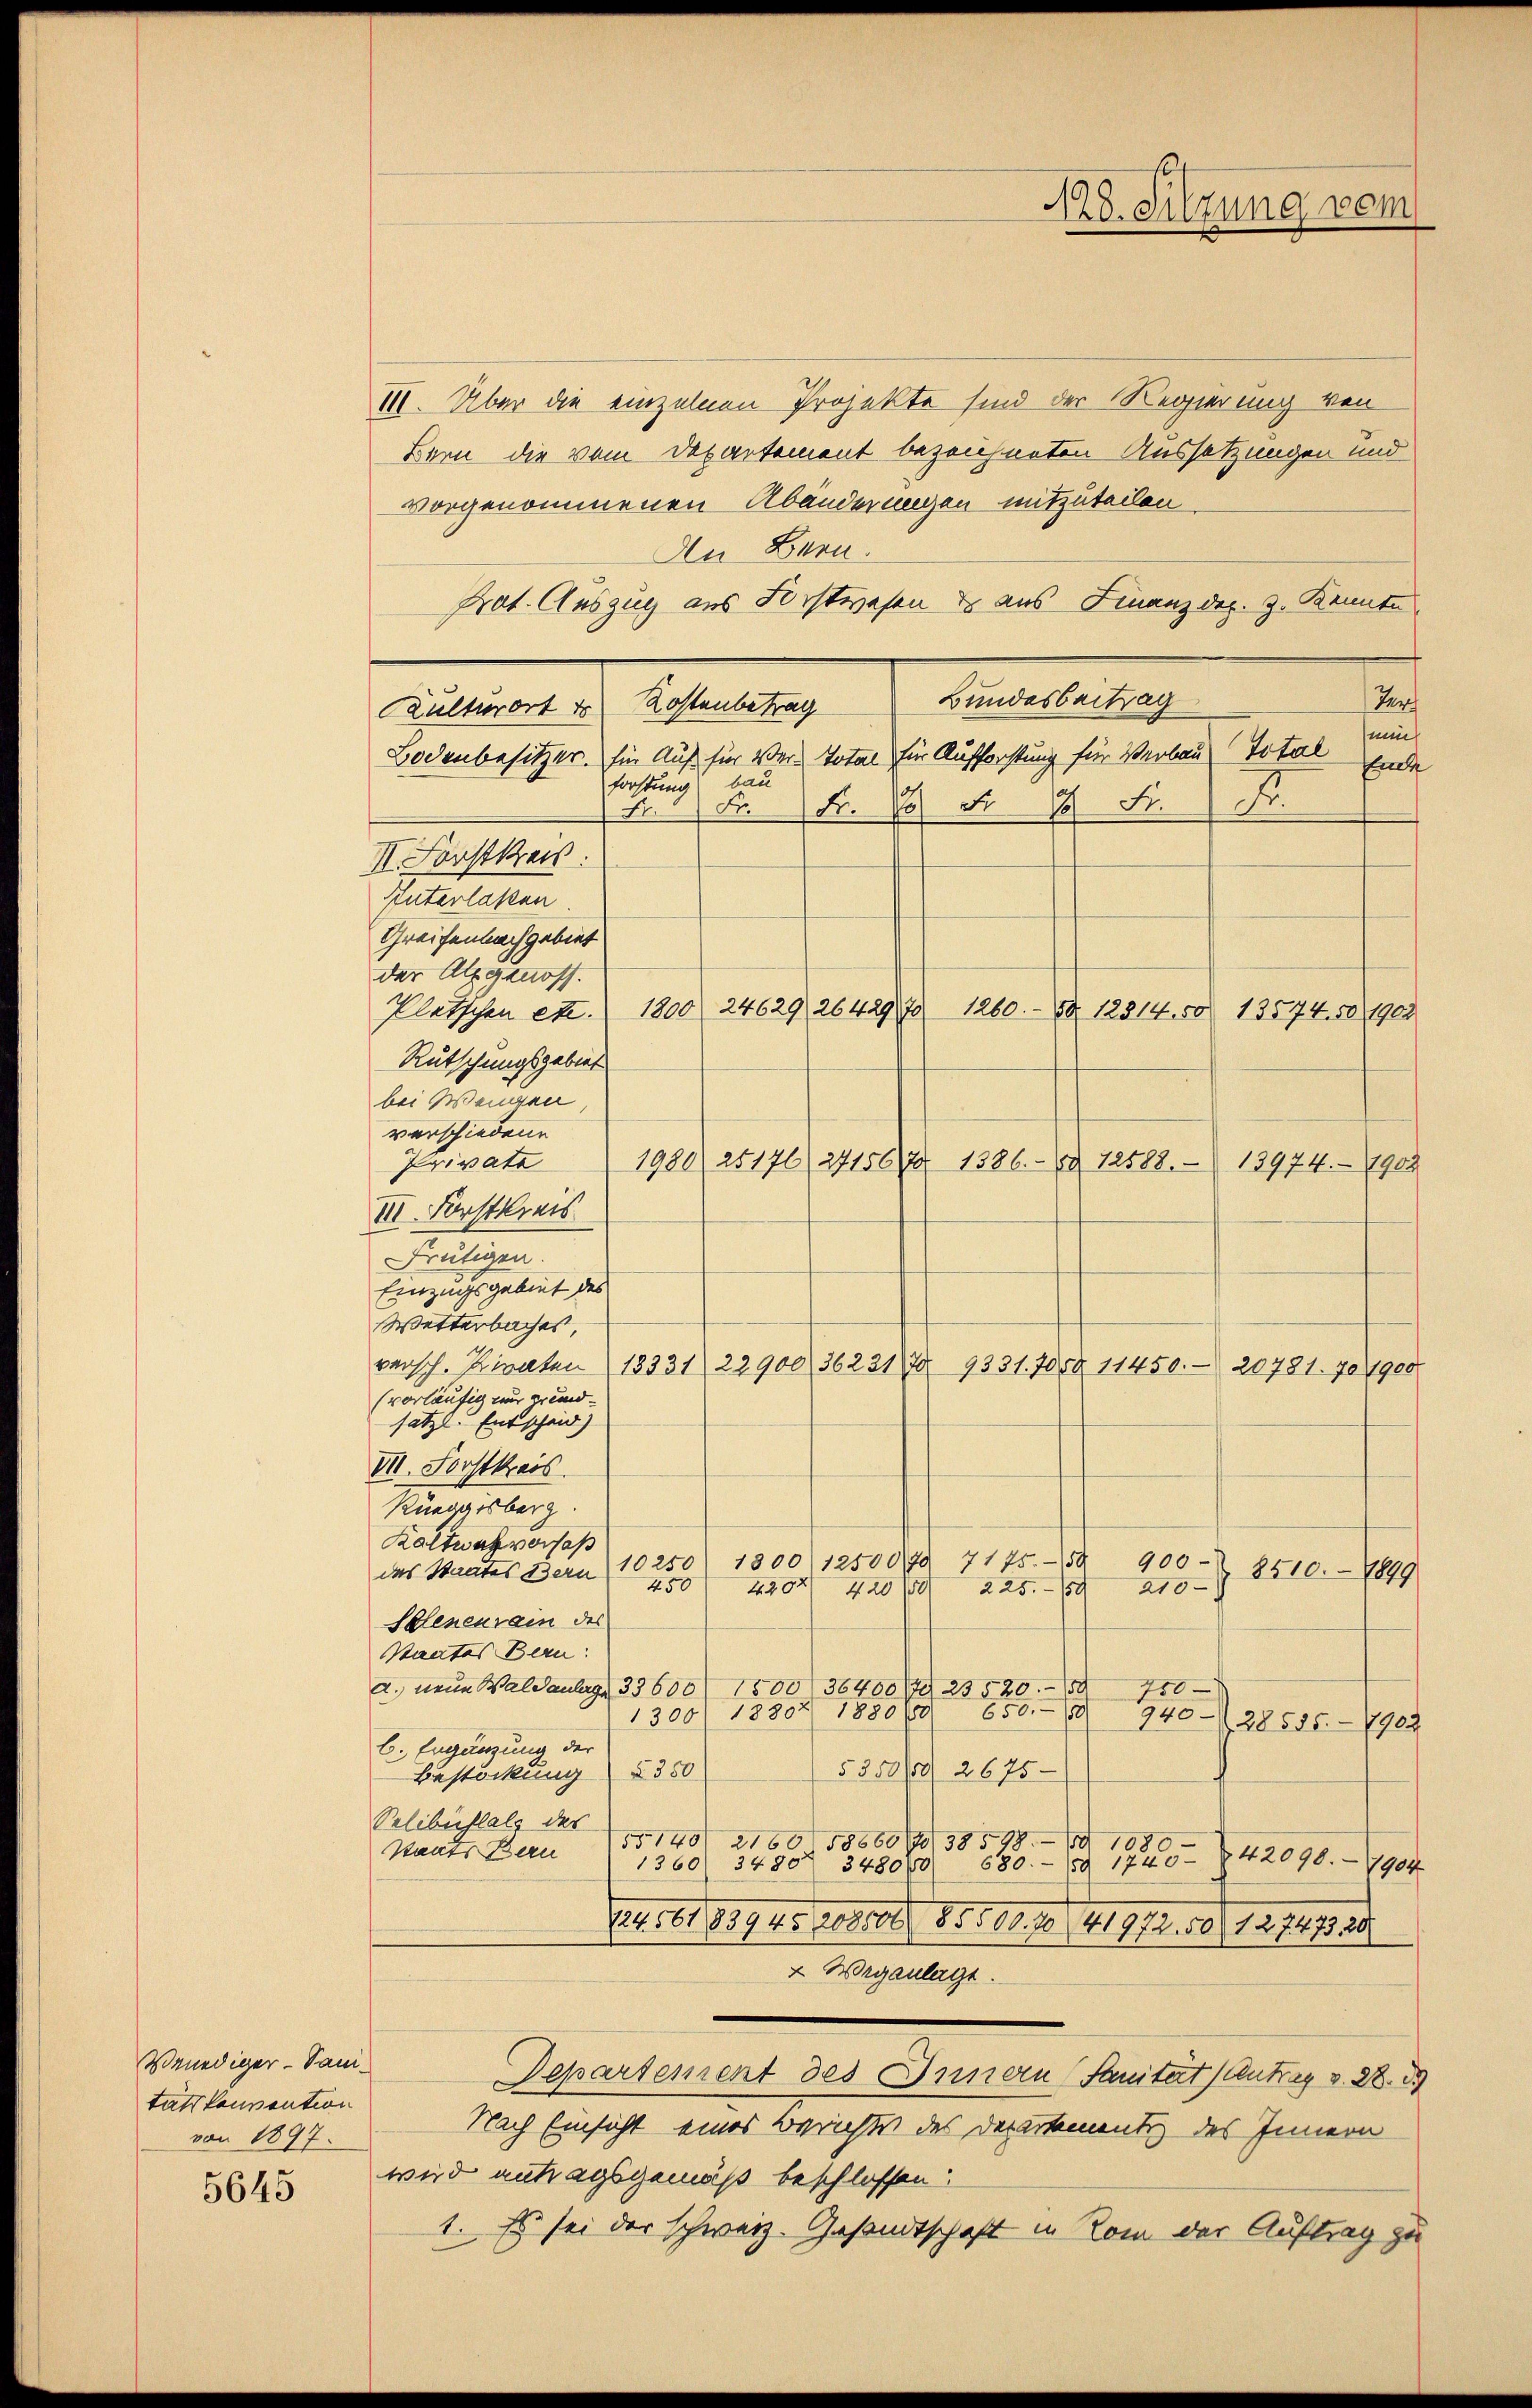
Venediger - Sanitats konvention
von 1897.

5645

III. Über die einzelnen Projekte sind der Regierung von
Bern die vom Departement bezeichneten Aussetzungen und
vorgenommenen Abänderungen mitzuteilen
An Bern.
Prot. Auszug aus Forstwesen des aus Finanzder. Z. Kenntn
Bundesbeitrag
Ter
Kostenbetrag
Kulturort d
me
Total
Bodenbesitzer. für Auf für Ver- Total für Aufforstung für Verbau
Ent
bau
forstung
x
Fr. 10 Fr. 18 Fr.
Fr.
A.
II. Forstkreis.
Interlaßen
Greifen nachgebiet
der Alpgenoss.
Plätschen etc. 1800. 24629, 26429, 70
1260. 12814. 50. 13574. 50 1902
Rutschungsgebiet
bei Wengen
verschiedene
Private
1980 25176, 271567 1886. 12588. 18974.- 1903
III. Forstkreis
Frutigen.
Einzugsgebiet des
Wetterbaches,
varsch. Kiraten 18231) 22900 36221 70 9331. 705 § 11450. 20781. 701900
(vorläufig nur grund-
sätzl. Entscheid)
VII. Forstkass
Rüeggisberg.
Kaltwalverfaß
7175. 59
900
10250/ 1800 1250070
8510. – 1899
das Staates Bern
450
4494
210
225. 189
420 10
Sclenenrain des
Staates Bern:
36400/25520.
a. neue Waldanlege 33600 f 1500
750
650. 19
18807 18806
940
1300
28555-7902
b. Ergänzung der
5350/ 2675
Bestockung § 350
Selibustals des
No 140. 2160 58660 f 38598. II
Staats Beru
580. 191745 - 842098 - 1904
1360/ 3480. 3480/0
124. 561 839 45 208500 f 85500. 70 (141972. 50/127473,20
& Wegenlage.
Departement des Innern Sanität) Antrag v. 28. 3)
Nach Einsicht eines Berichts des Departementi des Innern
wird antragsgemäß beschlossen:
1. Es sei der schweiz. Gesandtschaft in Rom der Auftrag zu

128. Sitzung vom